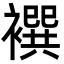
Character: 襈